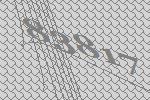
83817